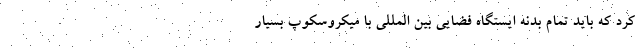
کرد که باید تمام بدنه ایستگاه فضایی بین المللی با میکروسکوپ بسیار